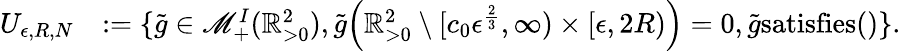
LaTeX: \begin{array}{rl}{U_{\epsilon,R,N}}&{:=\{ \tilde{g}\in\mathscr{M}_{+}^{I}(\mathbb{R}_{>0}^{2}),\tilde{g}\Big(\mathbb{R}_{>0}^{2}\setminus[c_{0}\epsilon^{\frac{2}{3}},\infty)\times[\epsilon,2R)\Big)=0,\tilde{g}\textup{satisfies}()\} .}\end{array}